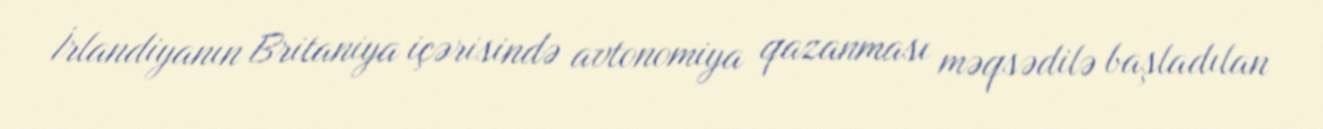
İrlandiyanın Britaniya içərisində avtonomiya qazanması məqsədilə başladılan